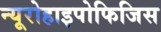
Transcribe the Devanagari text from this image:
न्यूरोहाइपोफिजिस